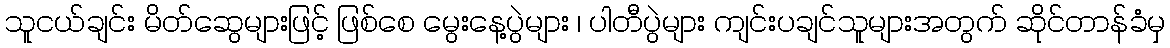
သူငယ်ချင်း မိတ်ဆွေများဖြင့် ဖြစ်စေ မွေးနေ့ပွဲများ ၊ ပါတီပွဲများ ကျင်းပချင်သူများအတွက် ဆိုင်တာန်ခံမှ